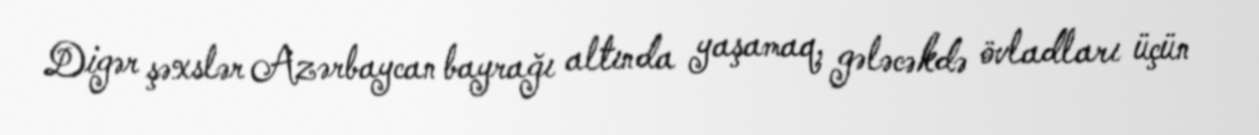
Digər şəxslər Azərbaycan bayrağı altında yaşamaq, gələcəkdə övladları üçün